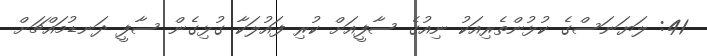
41: ލަޔަނަސްގެ ކުޅުންތެރިއަކު ނިއުގެ ސާފީއަށް ކުރި ފައުލަކާ ގުޅިގެން ސާފީ ދަނޑުމައްޗަށް